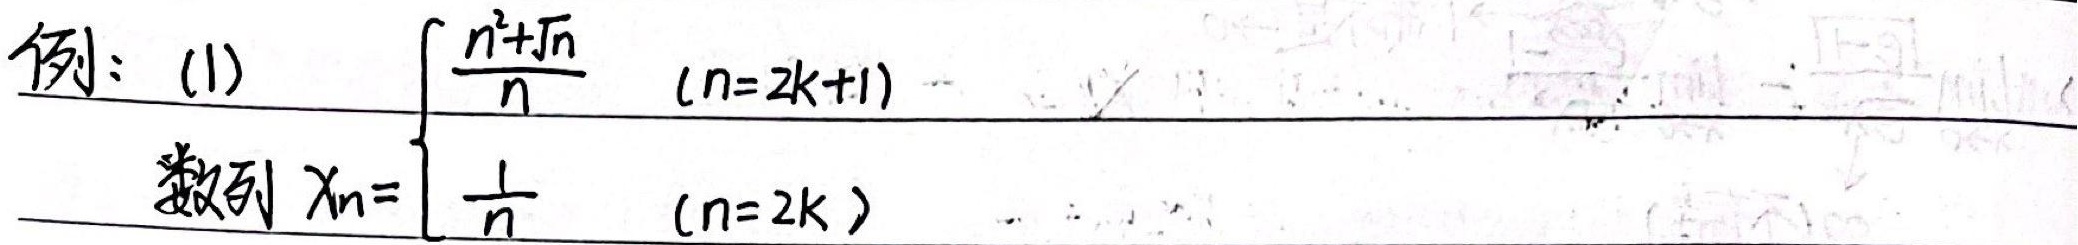
例：(1) 数列 \(x_n = \begin{cases}\frac{n^2 + \sqrt{n}}{n} & \text{当 }(n = 2k + 1) \\\frac{1}{n} & \text{当 }(n = 2k)\end{cases}\)